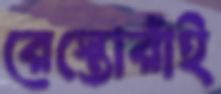
রেস্তোরাঁই